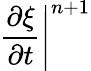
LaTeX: \left.\frac{\partial\xi}{\partial t}\right|^{n+1}